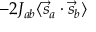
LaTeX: \ - 2 J _ { a b } \langle { \vec { s } } _ { a } \cdot { \vec { s } } _ { b } \rangle